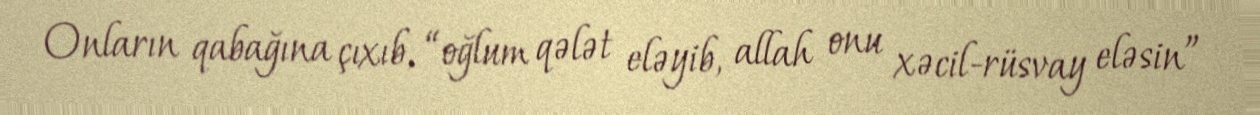
Onların qabağına çıxıb, “oğlum qələt eləyib, allah onu xəcil-rüsvay eləsin”